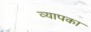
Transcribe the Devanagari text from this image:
व्यापका